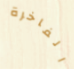
الفاخرة